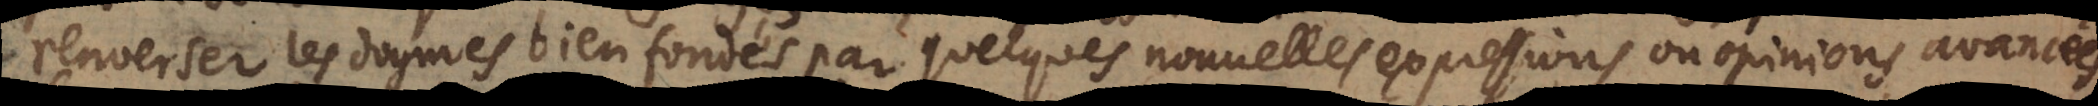
renverser les dogmes bien fondés par quelques nouvelles expressions ou opinions avancées